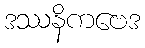
ဒဿနိကဗေဒ